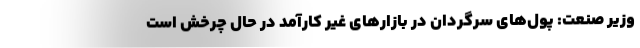
وزیر صنعت: پول‌های سرگردان در بازارهای غیر کارآمد در حال چرخش است